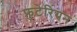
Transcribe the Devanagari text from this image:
फ्रुटेरियन